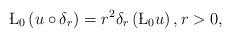
LaTeX: \begin{align*} \L_0 \left( u \circ \delta_r \right) = r^2 \delta_r \left( \L_0 u \right), r>0,\end{align*}